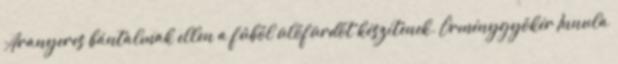
Aranyeres bántalmak ellen a fűből ülőfürdőt készítenek. Örménygyökér Innula